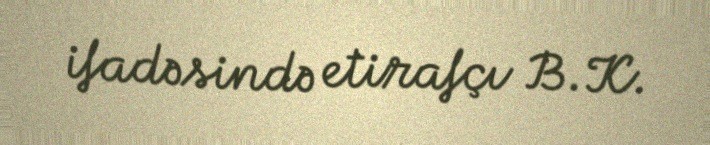
ifadəsində etirafçı B.K.